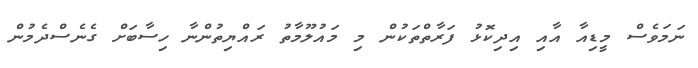
ނަމަވެސް މީޑިއާ އާއި އިދިކޮޅު ފަރާތްތަކުން މި މަައުލޫމާތު ރައްޔިތުންނާ ހިސާބަށް ގެނެސްދެމުން